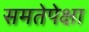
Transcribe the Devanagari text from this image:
समतेपेक्षा